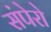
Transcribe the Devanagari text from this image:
संपेरो